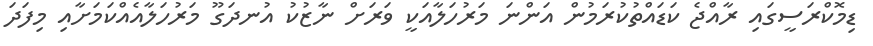
ޑިމޮކްރަސީގައި ރާއްޖެ ކަޑައްތުކުރަމުން އަންނަ މަރުހަލާއަކީ ވަރަށް ނާޒުކު އުނދަގޫ މަރުހަލާއެއްކަމަށާއި މިފަދަ